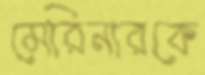
মেরিনারকে